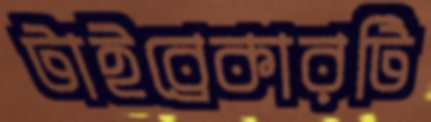
টাইব্রেকারটি